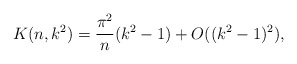
\begin{align*}K(n, k^2) = \frac{\pi^2}{n} (k^2-1) + O( (k^2-1)^2 ),\end{align*}